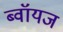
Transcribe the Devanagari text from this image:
ब्‍वॉयज